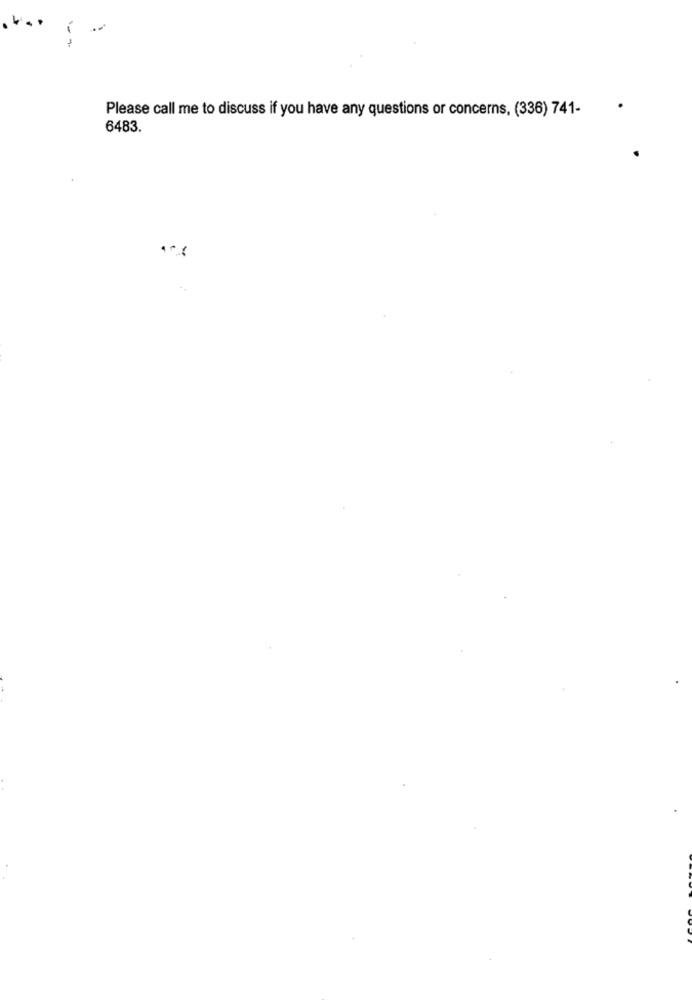
Please call me to discuss if you have any questions or concerns, (336) 741-
6483.